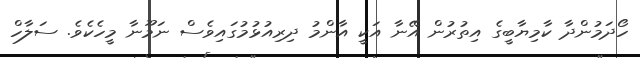
ހޯދަމުންދާ ކާމިޔާބީގެ އިތުރުން އޭނާ އަކީ އާންމު ދިރިއުޅުމުގައިވެސް ނަމޫނާ މީހެކެވެ. ސަލާހް